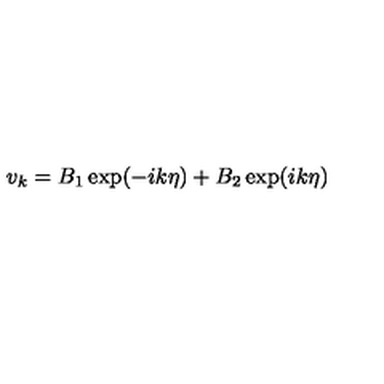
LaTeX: v _ { k } = B _ { 1 } \exp ( - i k \eta ) + B _ { 2 } \exp ( i k \eta )